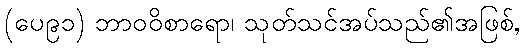
(ပေ၉၁) ဘာဝဝိစာရော၊ သုတ်သင်အပ်သည်၏အဖြစ်,